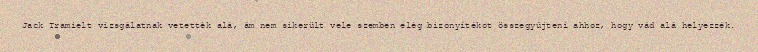
Jack Tramielt vizsgálatnak vetették alá, ám nem sikerült vele szemben elég bizonyítékot összegyűjteni ahhoz, hogy vád alá helyezzék.